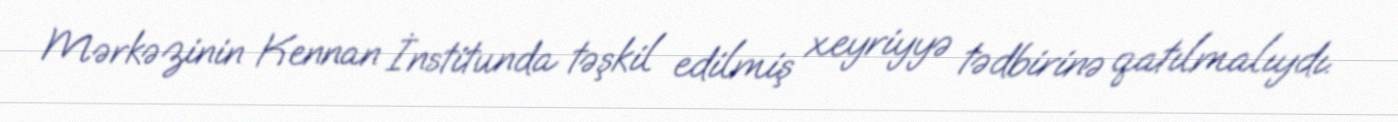
Mərkəzinin Kennan İnstitunda təşkil edilmiş xeyriyyə tədbirinə qatılmalıydı.